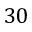
3 0